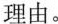
理由。